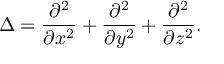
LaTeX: \Delta = { \frac { \partial ^ { 2 } } { \partial x ^ { 2 } } } + { \frac { \partial ^ { 2 } } { \partial y ^ { 2 } } } + { \frac { \partial ^ { 2 } } { \partial z ^ { 2 } } } .